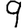
Digit: 9